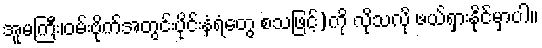
အူမကြီး၊ဝမ်းဗိုက်အတွင်းပိုင်းနံရံတွေ စသဖြင့်)ကို လိုသလို ဖယ်ရှားနိုင်မှာပါ။